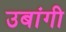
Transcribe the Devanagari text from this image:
उबांगी